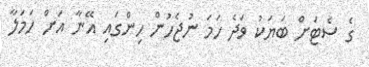
ގެ ސެޓަށް ބަޔަކު ވަދެ ހަމަ ނުޖެހުން ހިންގައި އޭނާ އަށް ހަމަލާ